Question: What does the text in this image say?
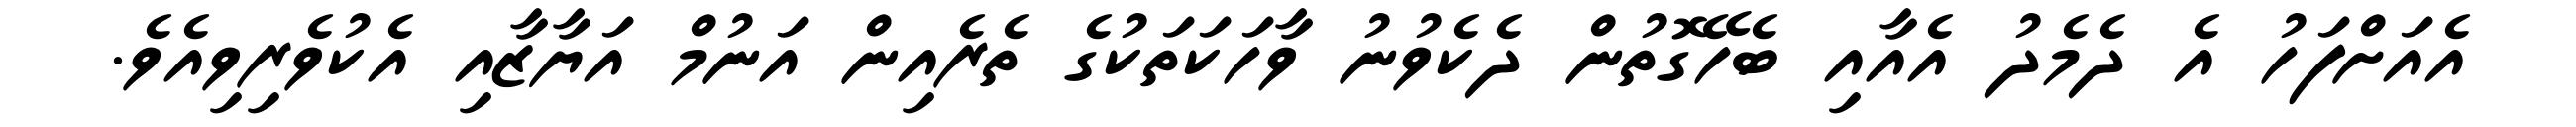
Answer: އެއަށްފަހު އެ ދެމެދު އެއާއި ބެހޭގޮތުން ދެކެވުނު ވާހަކަތަކުގެ ތެރެއިން އަނުމް އަޔާޒާއި އެކުވެރިވިއެވެ.